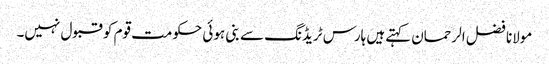
مولانا فضل الرحمان کہتےہیں ہارس ٹریڈنگ سے بنی ہوئی حکومت قوم کو قبول نہیں۔